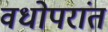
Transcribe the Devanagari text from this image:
वधोपरांत